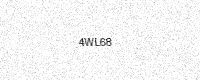
Text: 4WL68